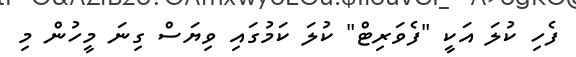
ފެހި ކުލަ އަކީ "ފެވަރިޓް" ކުލަ ކަމުގައި ވިޔަސް ގިނަ މީހުން މި